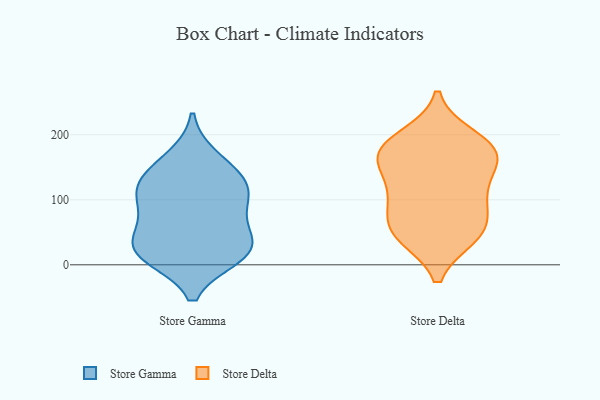
{"axis": {"x": "Market Share (%)", "y": "Value"}, "legend": ["Store Delta", "Store Gamma"], "data": [{"x": "", "y": 30, "type": "Store Gamma"}, {"x": "", "y": 109, "type": "Store Gamma"}, {"x": "", "y": 14, "type": "Store Gamma"}, {"x": "", "y": 119, "type": "Store Gamma"}, {"x": "", "y": 139, "type": "Store Gamma"}, {"x": "", "y": 164, "type": "Store Gamma"}, {"x": "", "y": 84, "type": "Store Gamma"}, {"x": "", "y": 18, "type": "Store Gamma"}, {"x": "", "y": 123, "type": "Store Gamma"}, {"x": "", "y": 22, "type": "Store Gamma"}, {"x": "", "y": 71, "type": "Store Gamma"}, {"x": "", "y": 30, "type": "Store Gamma"}, {"x": "", "y": 48, "type": "Store Delta"}, {"x": "", "y": 178, "type": "Store Delta"}, {"x": "", "y": 51, "type": "Store Delta"}, {"x": "", "y": 103, "type": "Store Delta"}, {"x": "", "y": 178, "type": "Store Delta"}, {"x": "", "y": 170, "type": "Store Delta"}, {"x": "", "y": 45, "type": "Store Delta"}, {"x": "", "y": 102, "type": "Store Delta"}, {"x": "", "y": 116, "type": "Store Delta"}, {"x": "", "y": 162, "type": "Store Delta"}, {"x": "", "y": 60, "type": "Store Delta"}, {"x": "", "y": 195, "type": "Store Delta"}, {"x": "", "y": 159, "type": "Store Delta"}]}